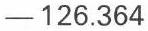
-126.364